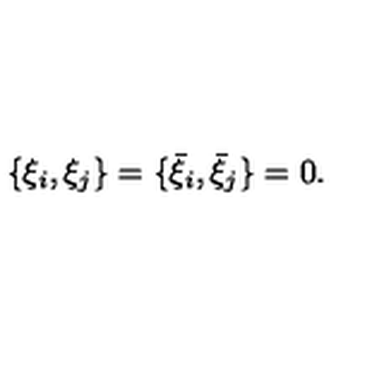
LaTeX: \{ \xi _ { i } , \xi _ { j } \} = \{ { \bar { \xi } } _ { i } , { \bar { \xi } } _ { j } \} = 0 .